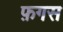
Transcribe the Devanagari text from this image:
फ़गस